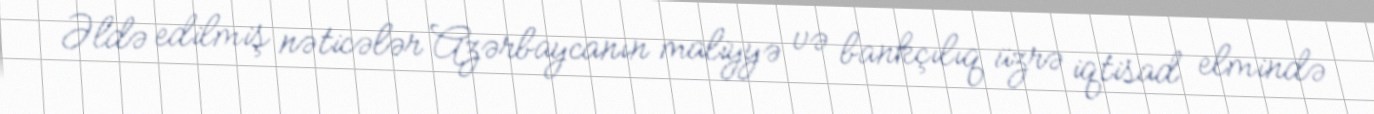
Əldə edilmiş nəticələr Azərbaycanın maliyyə və bankçılıq üzrə iqtisad elmində